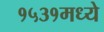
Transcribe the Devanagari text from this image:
१५३१मध्ये